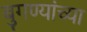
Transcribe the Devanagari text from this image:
बुगण्यांच्या